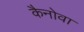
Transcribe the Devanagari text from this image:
कैनोवा